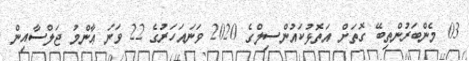
03 މެންބަރުންތިބޭ ގޮތަށް އަތޮޅުކައުންސިލްގެ 2020 ވަނައަހަރުގެ 22 ވަނަ ޢާންމު ޖަލްސާއިން